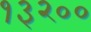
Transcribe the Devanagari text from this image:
१३२००